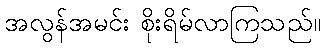
အလွန်အမင်း စိုးရိမ်လာကြသည်။